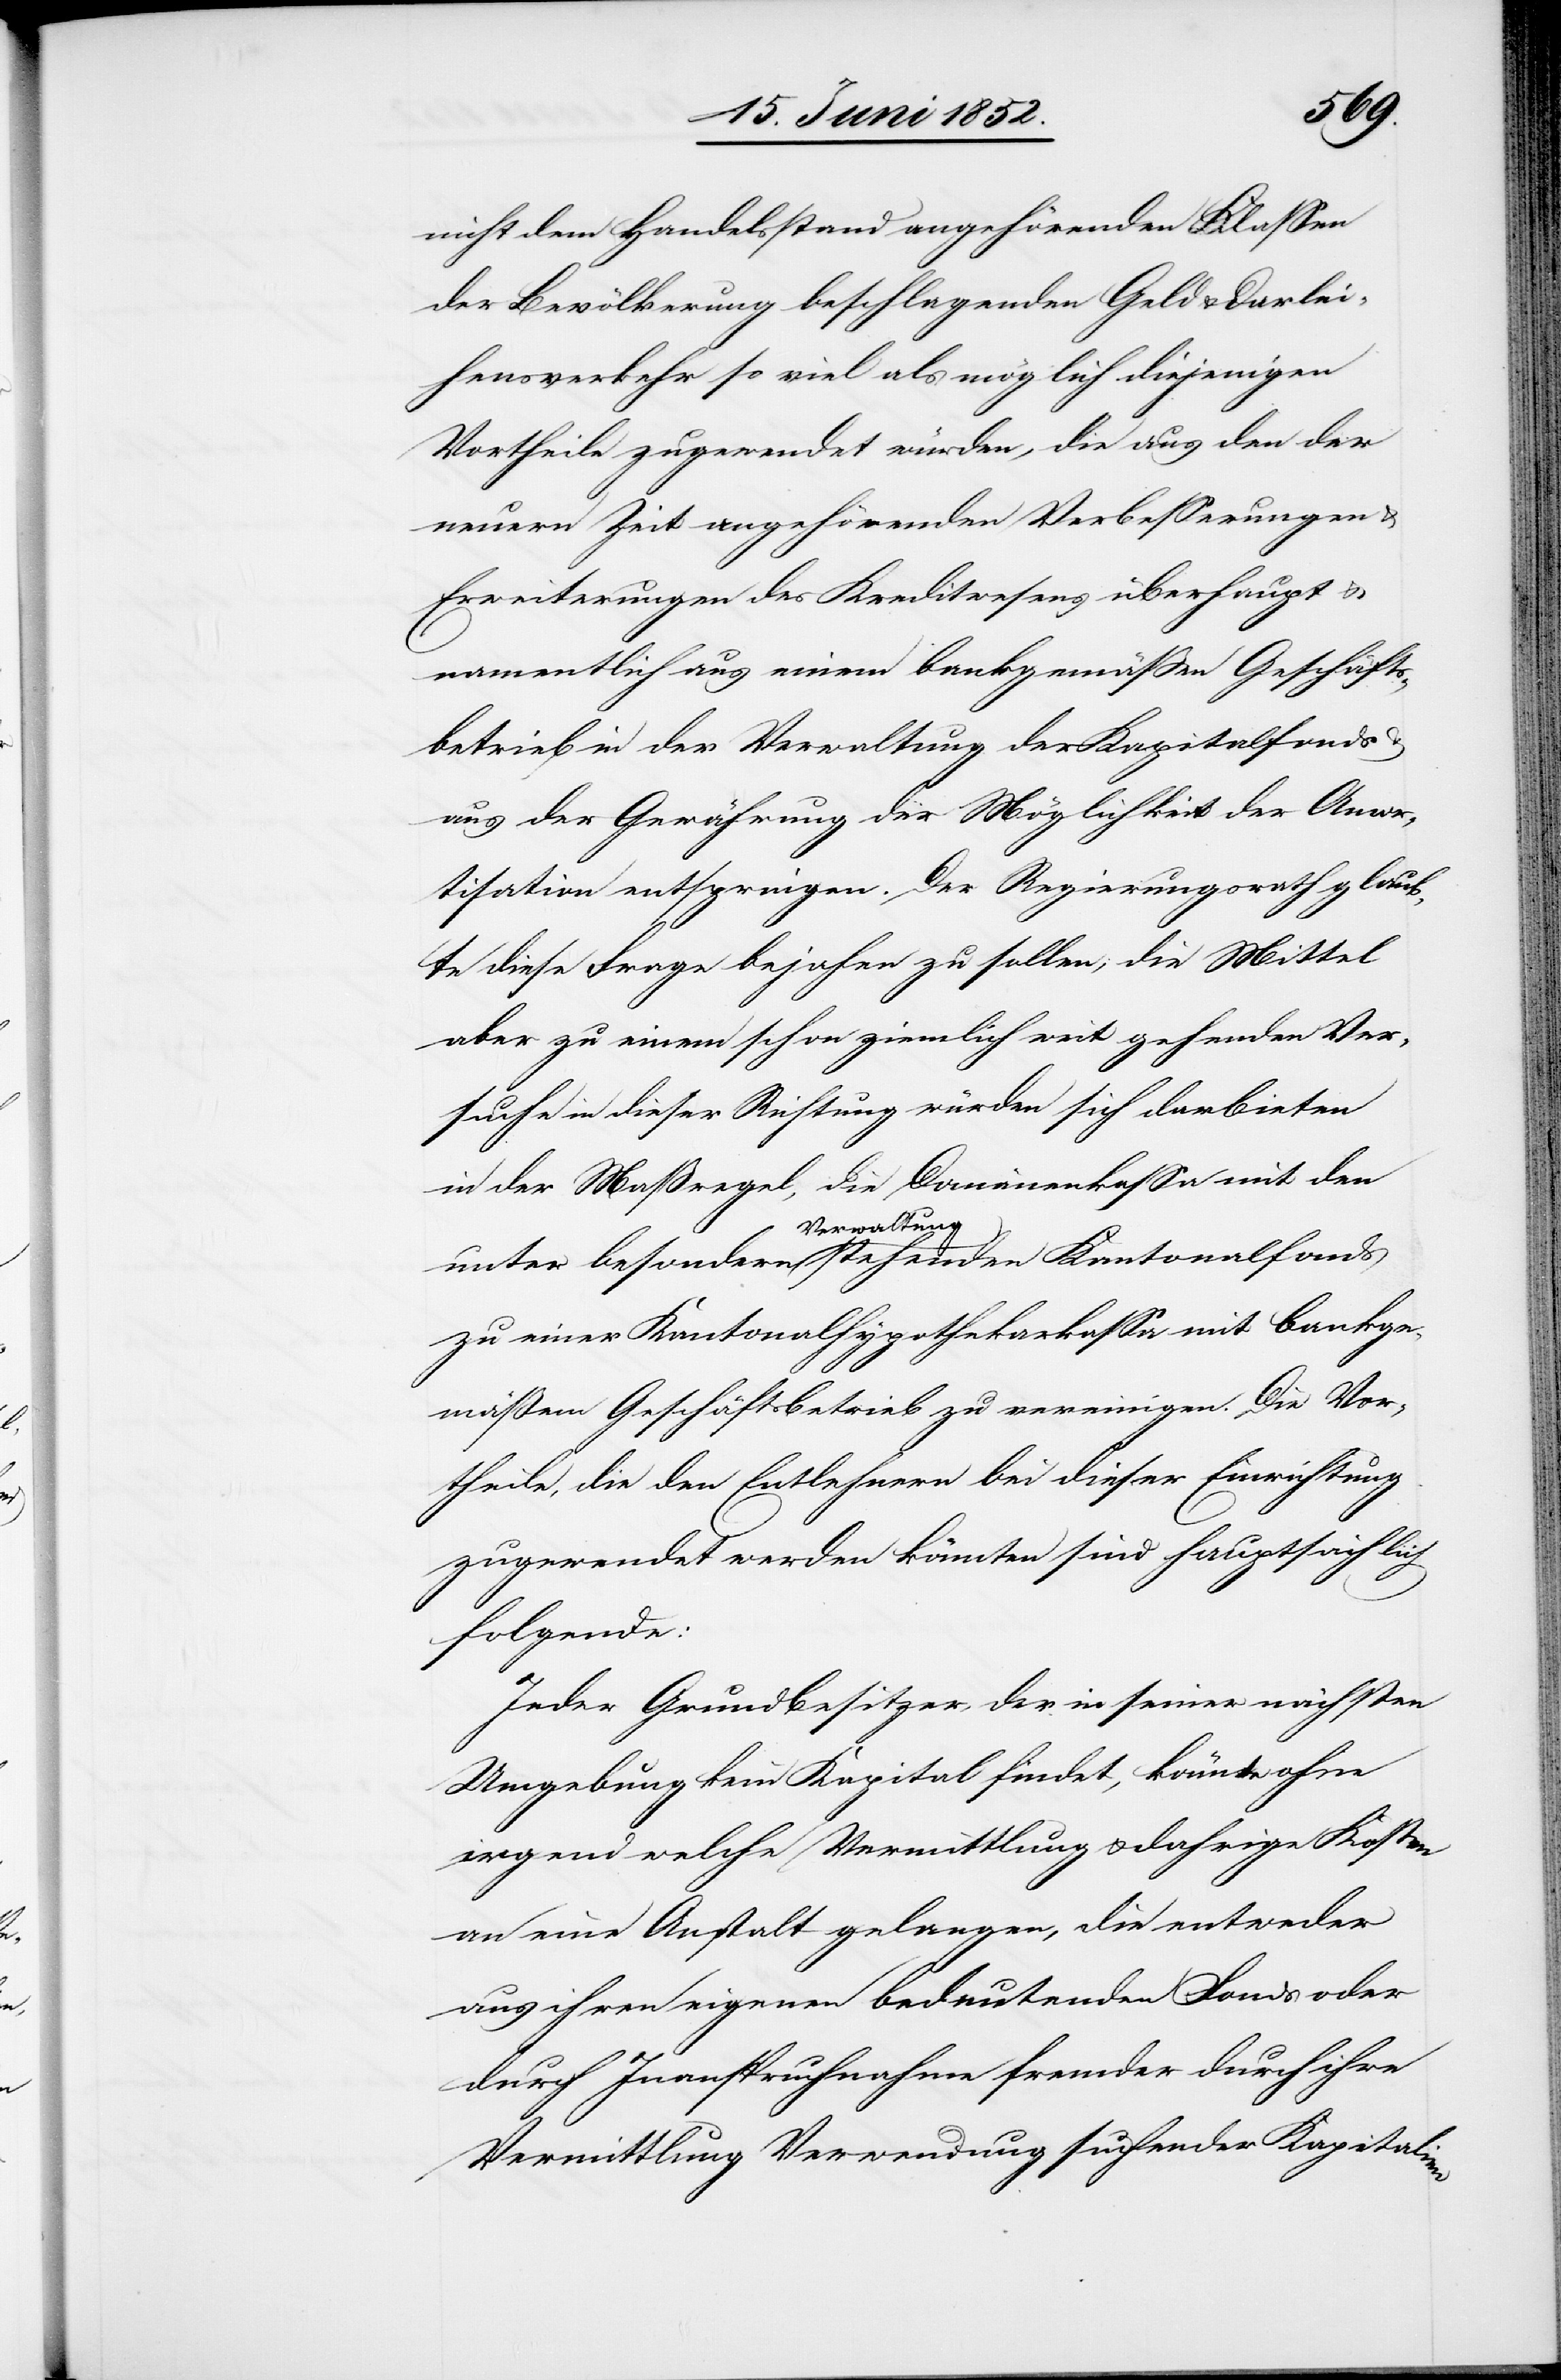
nicht dem Handelsstand angehörenden Klassen
der Bevölkerung beschlagenden Geld & Darlei¬
hensverkehr so viel als möglich diejenigen
Vortheile zugewendet würden, die aus den der
neuern Zeit angehörenden Verbesserungen &
Erweiterungen des Kreditwesens überhaupt &
namentlich aus einem bankgemäßen Geschäfts¬
betrieb in der Verwaltung der Kapitalfonds
aus der Gewährung der Möglichkeit der Amor¬
tisation entspringen. Der Regierungsrath glaub¬
te diese Frage bejahen zu sollen; die Mittel
aber zu einem schon ziemlich weit gehenden Ver¬
suche in dieser Richtung würden sich darbieten
in der Maßregel, die Domänenkassa mit den
Verwaltung
zu einer Kantonalhypothekarkassa mit bankge¬
mäßem Geschäftsbetrieb zu vereinigen. Die Vor¬
theile, die den Entlehnern bei dieser Einrichtung
zugewendet werden könnten sind hauptsächlich
folgende:
Jeder Grundbesitzer, der in seiner nächsten
Umgebung kein Kapital findet, könnte ohne
irgend welche Vermittlung & dah[e]rige Kosten
an eine Anstalt gelangen, die entweder
aus ihren eigenen bedeutenden Fonds oder
durch Inanspruchnahme fremder durch ihre
Vermittlung Verwendung suchender Kapitalien